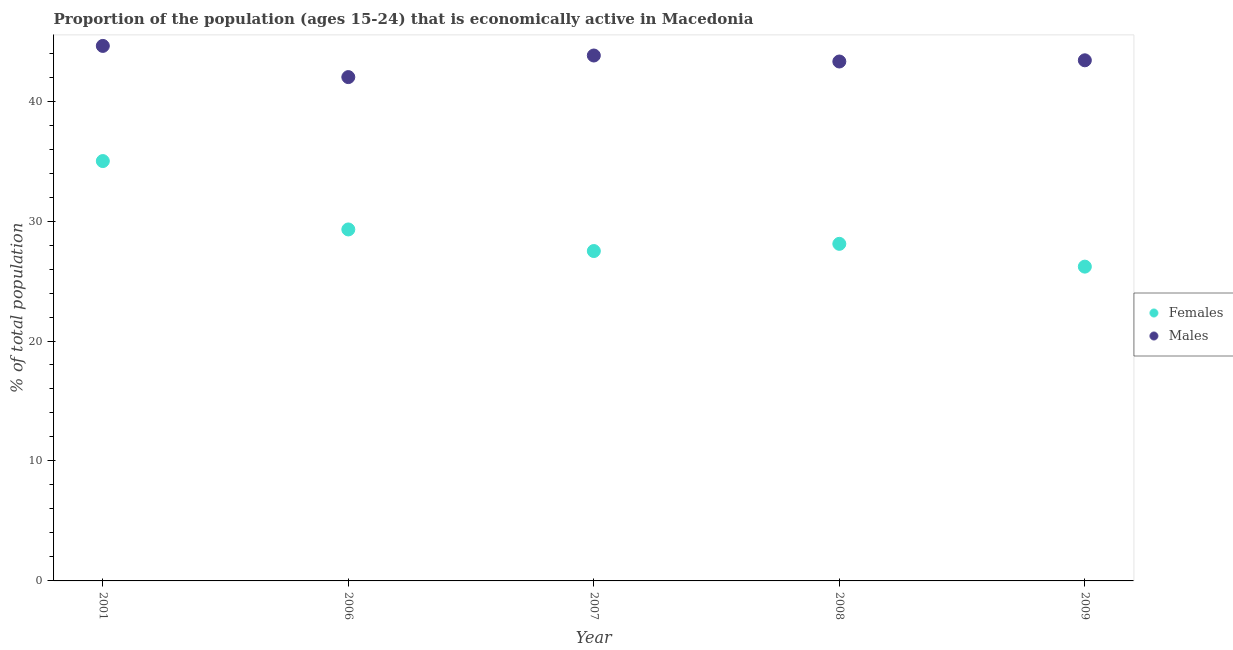
| Year | Females | Males |
 | --- | --- | --- |
 | 2001 | 35 | 44.6 |
 | 2006 | 29.3 | 42 |
 | 2007 | 27.5 | 43.8 |
 | 2008 | 28.1 | 43.3 |
 | 2009 | 26.2 | 43.4 |